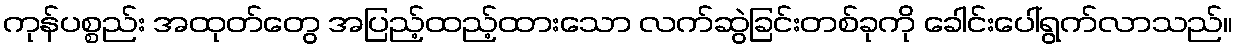
ကုန်ပစ္စည်း အထုတ်တွေ အပြည့်ထည့်ထားသော လက်ဆွဲခြင်းတစ်ခုကို ခေါင်းပေါ်ရွက်လာသည်။